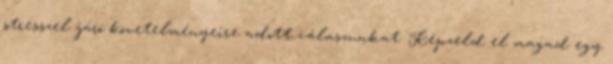
stresszel járó követelményeire adott válaszunkat. Képzeld el magad egy